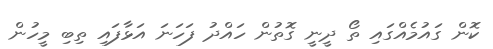
ކޮން ގައުމެއްގައި ތޯ ދީނީ ގޮތުން ހައްދު ފަހަނަ އަޅާފައި ތިބި މީހުން